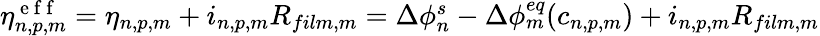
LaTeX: \begin{array}{r}{\eta_{n,p,m}^{\mathrm{~e~f~f~}}=\eta_{n,p,m}+i_{n,p,m}R_{film,m}=\Delta\phi_{n}^{s}-\Delta\phi_{m}^{eq}(c_{n,p,m})+i_{n,p,m}R_{film,m}}\end{array}